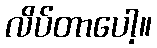
လိပ်တာပေါ့။